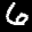
Label: 6